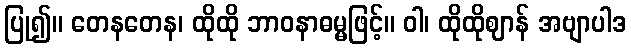
ပြု၍။ တေနတေန၊ ထိုထို ဘာဝနာဓမ္မဖြင့်။ ဝါ၊ ထိုထိုဈာန် အဗျာပါဒ